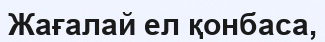
Жағалай ел қонбаса,